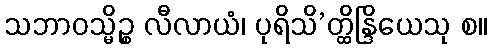
သဘာဝသ္မိဉ္စ လီလာယံ၊ ပုရိသိ’တ္ထိန္ဒြိယေသု စ။